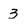
Character: 3